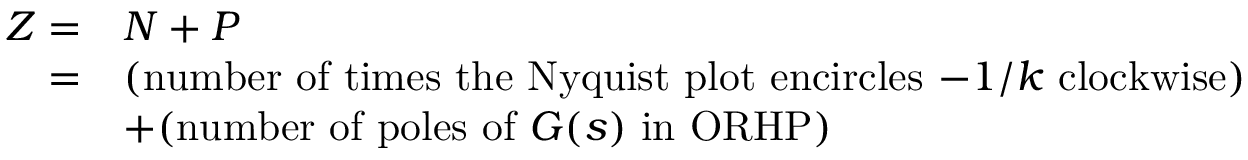
{ \begin{array} { r l } { Z = } & { N + P } \\ { = } & { { \mathrm { ( n u m b e r ~ o f ~ t i m e s ~ t h e ~ N y q u i s t ~ p l o t ~ e n c i r c l e s ~ } } { - 1 / k } { \mathrm { ~ c l o c k w i s e ) } } } \\ & { + { \mathrm { ( n u m b e r ~ o f ~ p o l e s ~ o f ~ } } G ( s ) { \mathrm { ~ i n ~ O R H P ) } } } \end{array} }